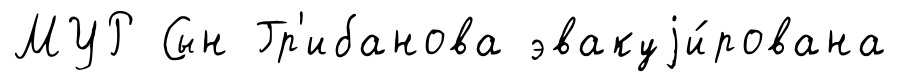
МУР Сын Гр'ибанова эвакуjи́рована